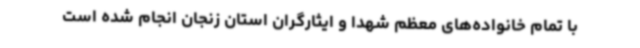
با تمام خانواده‌های معظم شهدا و ایثارگران استان زنجان انجام شده است